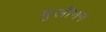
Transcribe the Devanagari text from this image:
मुलीगन